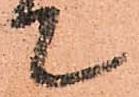
て